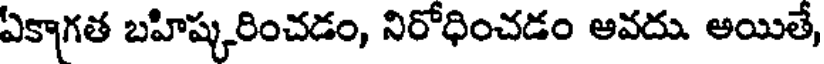
ఏకాగత బహిష్కరించడం, నిరోధించడం అవదు అయితే,